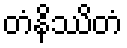
တံနိဿိတံ